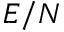
E / N